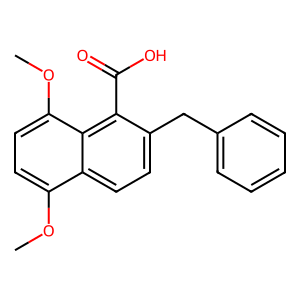
SMILES: COc1ccc(OC)c2c(C(=O)O)c(Cc3ccccc3)ccc12
Inhibits HIV replication: No